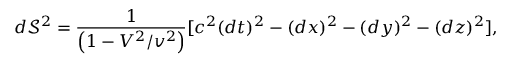
d \mathcal S ^ { 2 } = \frac { 1 } { \left( 1 - V ^ { 2 } / v ^ { 2 } \right) } [ c ^ { 2 } ( d t ) ^ { 2 } - ( d x ) ^ { 2 } - ( d y ) ^ { 2 } - ( d z ) ^ { 2 } ] ,